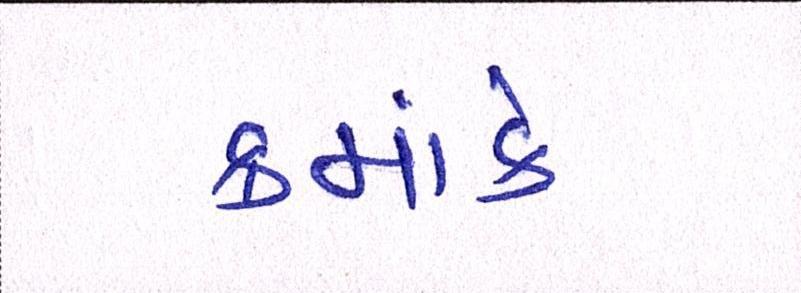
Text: ક્રમાંકે